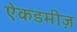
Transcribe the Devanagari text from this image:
ऐकडमीज़